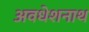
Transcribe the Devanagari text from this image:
अवधेशनाथ